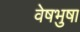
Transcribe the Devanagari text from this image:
वेषभुषा